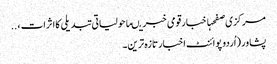
مرکزی صفحہاخبارقومی خبریںماحولیاتی تبدیلی کاا ثرات ، ..
پشاور (اُردو پوائنٹ اخبارتازہ ترین۔